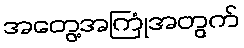
အတွေ့အကြုံအတွက်